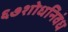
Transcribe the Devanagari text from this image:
६७शोधनिवंध